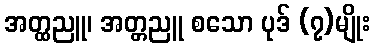
အတ္ထညူ၊ အတ္တညူ စသော ပုဒ် (၇)မျိုး